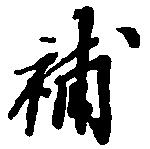
補